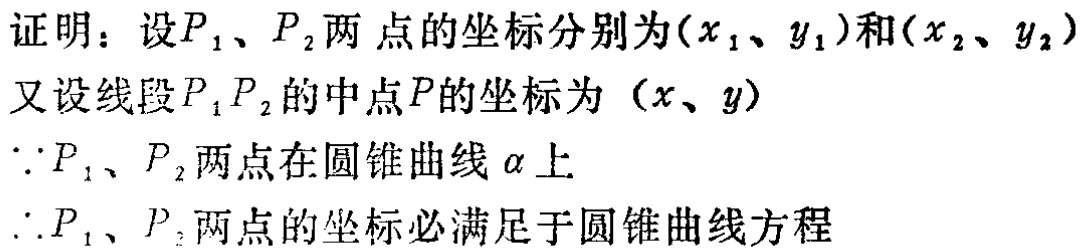
证明：设$P_1$、$P_2$两点的坐标分别为$(x_1、y_1)$和$(x_2、y_2)$
又设线段$P_1P_2$的中点$P$的坐标为$(x、y)$
$\because P_1$、$P_2$两点在圆锥曲线$\alpha$上
$\therefore P_1$、$P_2$两点的坐标必满足于圆锥曲线方程